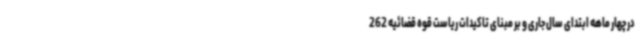
در چهار ماهه ابتدای سال جاری و بر مبنای تاکیدات ریاست قوه قضائیه 262